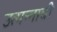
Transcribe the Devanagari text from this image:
उत्पन्‍नाची